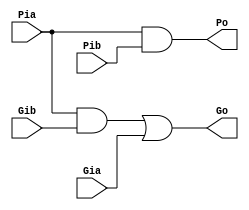
module MU(input wire Pia,Gia,Pib,Gib,
          output wire Po,Go);

    assign Po = Pia & Pib;
    assign Go = (Pia & Gib) | Gia;

endmodule